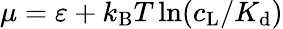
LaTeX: \mu=\varepsilon+k_{\mathrm{B}}T\ln(c_{\mathrm{L}}/K_{\mathrm{d}})